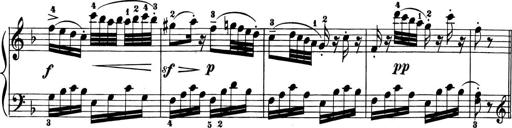
Title: 6 Piano Sonatinas
Composer: Cornelius Gurlitt